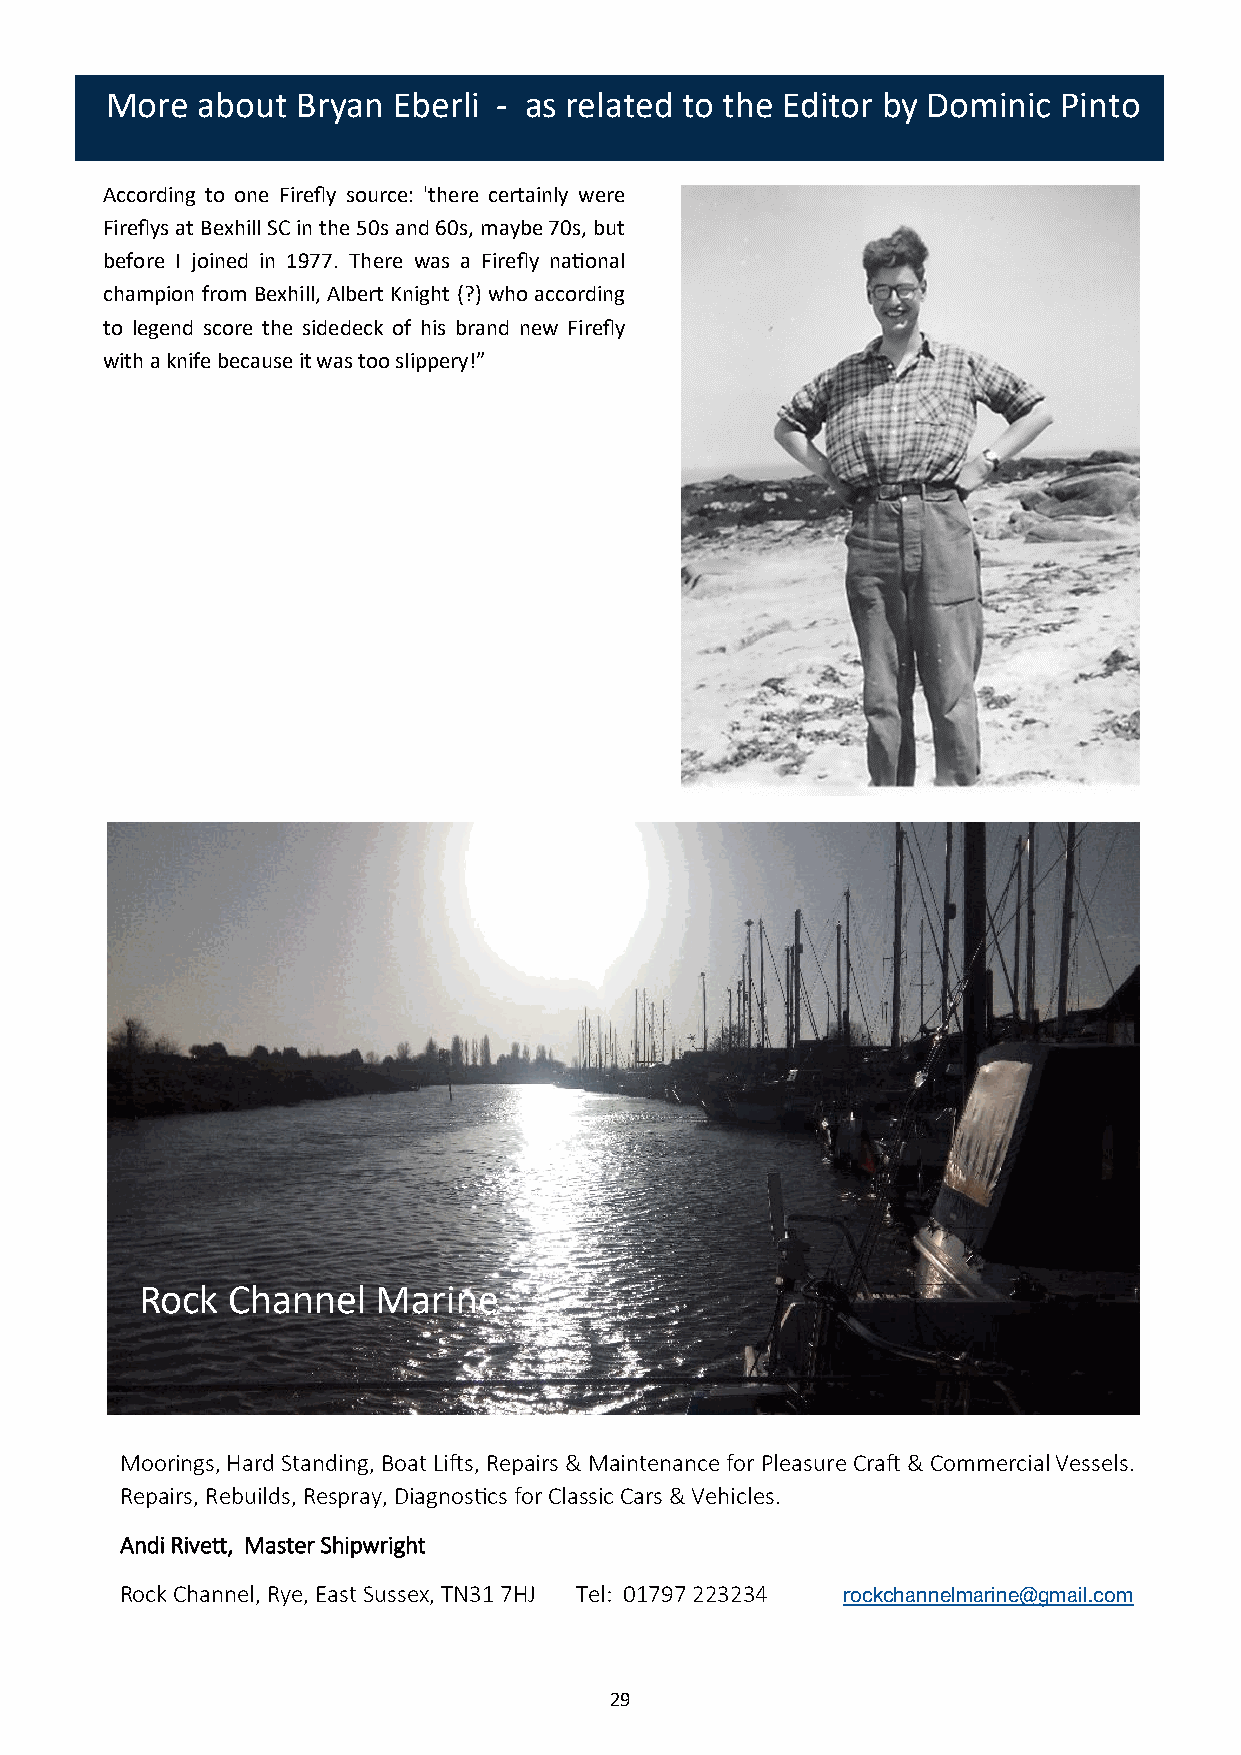
More  about  Bryan Eberli - as related to the Editor by Dominic Pinto
 According to one Firefly source: 'there certainly were
 Fireflys at Bexhill SC in the 50s and 60s, maybe 70s, but
 before I joined in 1977. There was a Firefly national
 champion from Bexhill, Albert Knight (?) who according
 to legend score the sidedeck of his brand new Firefly
 with a knife because it was too slippery!”
 Rock  Channel   Marine
 Moorings, Hard Standing, Boat Lifts, Repairs & Maintenance for Pleasure Craft & Commercial Vessels.
 Repairs, Rebuilds, Respray, Diagnostics for Classic Cars & Vehicles.
 Andi Rivett, Master Shipwright
 Rock Channel, Rye, East Sussex, TN31 7HJ Tel: 01797 223234 rockchannelmarine@gmail.com
 29